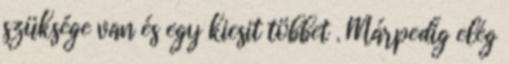
szüksége van és egy kicsit többet . Márpedig elég